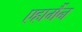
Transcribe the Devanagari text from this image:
एहार्मैन